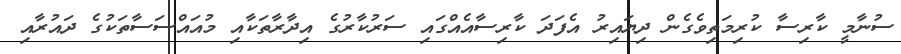
ސުނާމީ ކާރިސާ ކުރިމަތިވެގެން ދިޔައިރު އެފަދަ ކާރިސާއެއްގައި ސަރުކާރުގެ އިދާރާތަކާއި މުއައްސަސާތަކުގެ ދައުރާއި